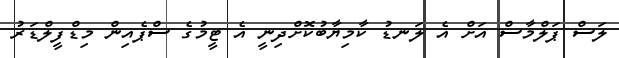
ލަސް ޕަލްމާސް އަށް އެ ލަނޑު ކާމިޔާބުކޮށްދިނީ އެ ޓީމުގެ ސްޕެއިން މިޑްފީލްޑަރު